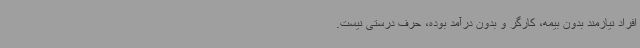
افراد نیازمند بدون بیمه، کارگر و بدون درآمد بوده، حرف درستی نیست.